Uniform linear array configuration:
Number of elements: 48
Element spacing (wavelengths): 1
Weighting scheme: hann
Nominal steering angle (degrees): -15
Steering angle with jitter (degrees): -13.138
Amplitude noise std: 0.05
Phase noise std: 0.05

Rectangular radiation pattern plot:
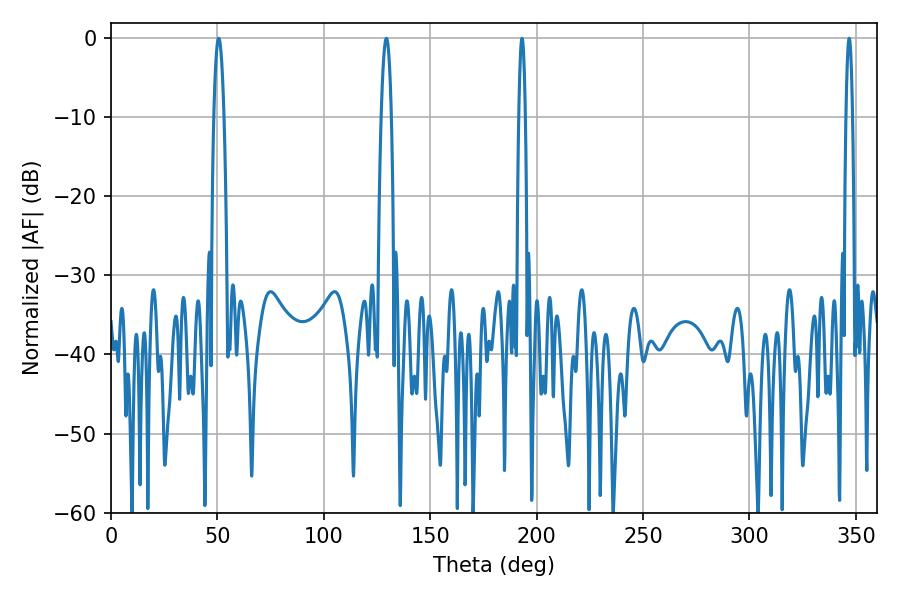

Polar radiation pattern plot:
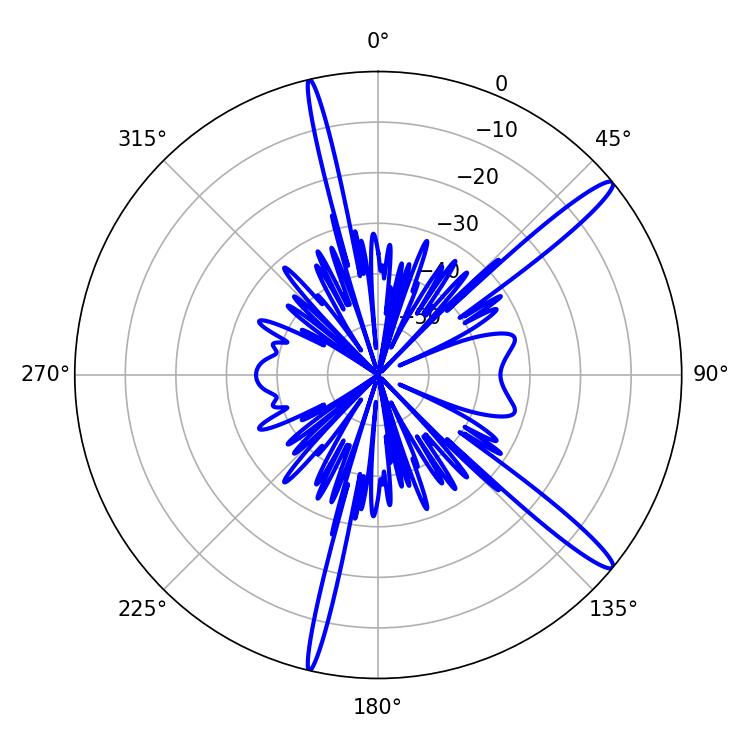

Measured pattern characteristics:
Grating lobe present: TRUE
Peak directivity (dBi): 15.019
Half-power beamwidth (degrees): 1.62
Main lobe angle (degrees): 193.14